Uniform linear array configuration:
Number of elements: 48
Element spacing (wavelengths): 0.5
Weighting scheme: hann
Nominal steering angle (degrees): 30
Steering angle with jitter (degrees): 31.73
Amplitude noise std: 0.05
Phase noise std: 0.05

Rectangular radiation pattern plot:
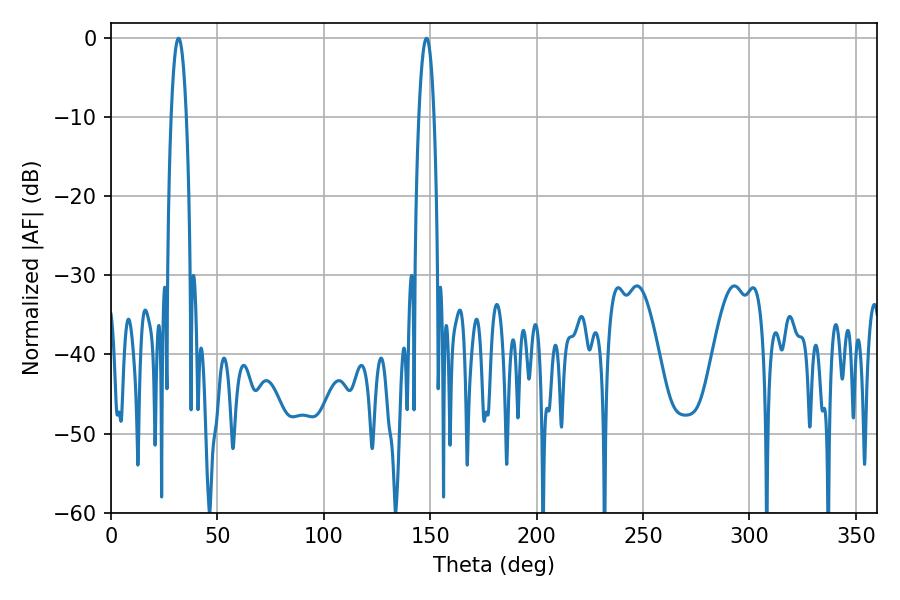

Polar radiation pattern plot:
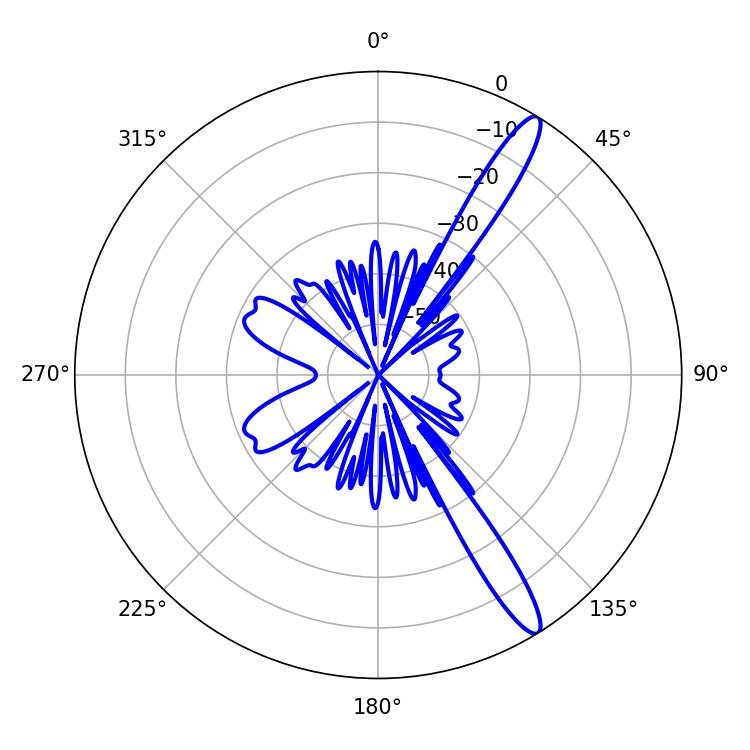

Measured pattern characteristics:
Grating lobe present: FALSE
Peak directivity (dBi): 14.07
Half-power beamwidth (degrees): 3.78
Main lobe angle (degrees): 31.68